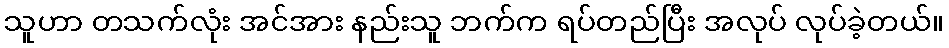
သူဟာ တသက်လုံး အင်အား နည်းသူ ဘက်က ရပ်တည်ပြီး အလုပ် လုပ်ခဲ့တယ်။